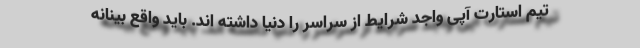
تیم استارت آپی واجد شرایط از سراسر را دنیا داشته اند. باید واقع بینانه